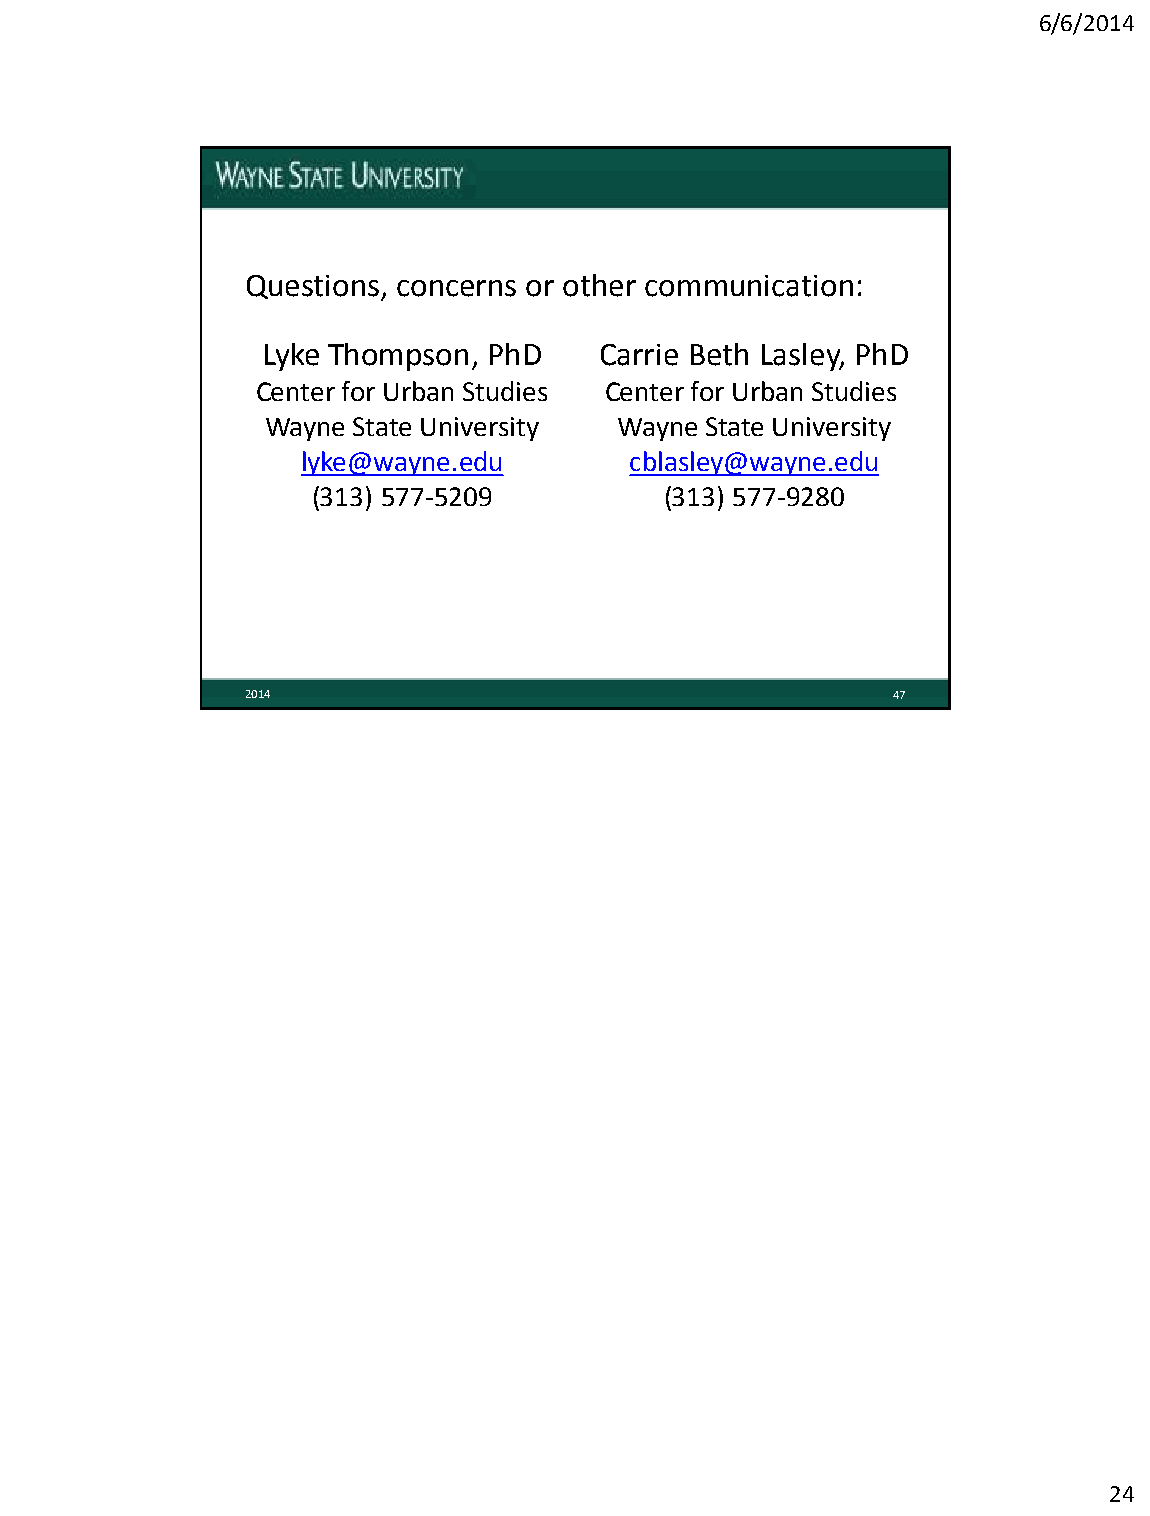
6/6/2014
 Questions, concerns or other communication:
 Lyke Thompson, PhD     Carrie Beth Lasley, PhD
 Center for Urban Studies Center for Urban Studies
 Wayne State University Wayne State University
 lyke@wayne.edu        cblasley@wayne.edu
 (313) 577-5209         (313) 577-9280
 2014                                       47
 24